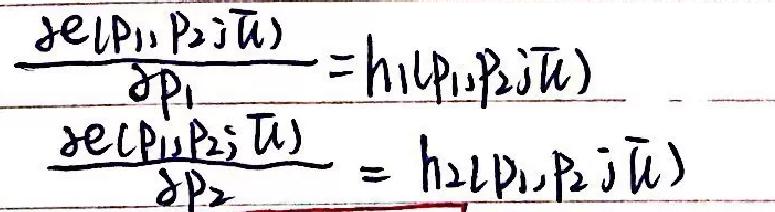
\[
\frac{\partial e(p_1, p_2; \bar{u})}{\partial p_1}=h_1(p_1, p_2; \bar{u})
\]
\[
\frac{\partial e(p_1, p_2; \bar{u})}{\partial p_2}=h_2(p_1, p_2; \bar{u})
\]